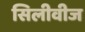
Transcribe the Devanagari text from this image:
सिलीवीज